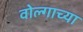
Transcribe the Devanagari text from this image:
वोल्गाच्या